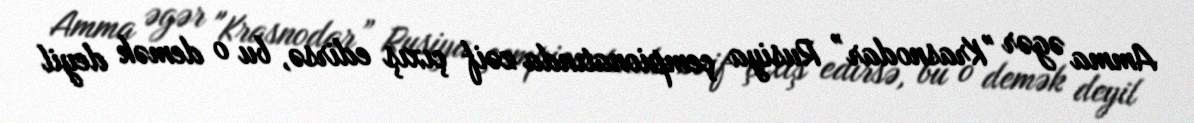
Amma əgər "Krasnodar” Rusiya çempionatında zəif çıxış edirsə, bu o demək deyil